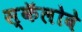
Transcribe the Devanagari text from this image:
स्कॅलोवे